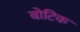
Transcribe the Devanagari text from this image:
बोटिक